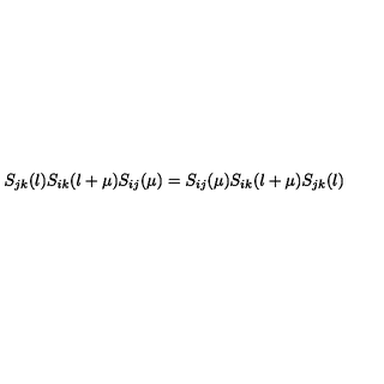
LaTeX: S _ { j k } ( \l ) S _ { i k } ( \l + \mu ) S _ { i j } ( \mu ) = S _ { i j } ( \mu ) S _ { i k } ( \l + \mu ) S _ { j k } ( \l )